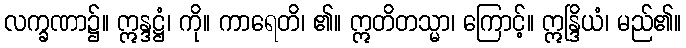
လက္ခဏာ၌။ ဣန္ဒဋ္ဌံ၊ ကို။ ကာရေတိ၊ ၏။ ဣတိတသ္မာ၊ ကြောင့်။ ဣန္ဒြိယံ၊ မည်၏။